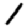
Digit: 1